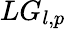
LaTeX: LG_{l,p}